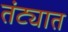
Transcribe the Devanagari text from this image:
तंट्यात